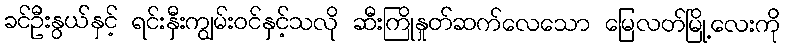
ခင်ဦးနွယ်နှင့် ရင်းနှီးကျွမ်းဝင်နှင့်သလို ဆီးကြိုနှုတ်ဆက်လေသော မြေလတ်မြို့လေးကို